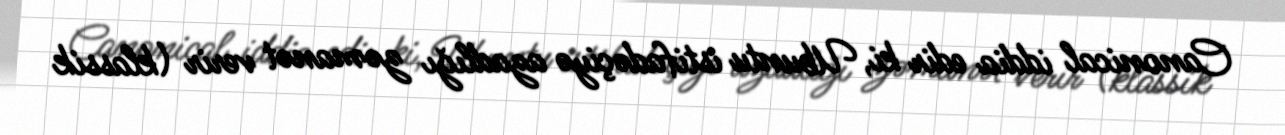
Canonical iddia edir ki, Ubuntu istifadəçiyə azadlığı zəmanət verir (klassik